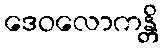
ဒေဝလောကန္တိ